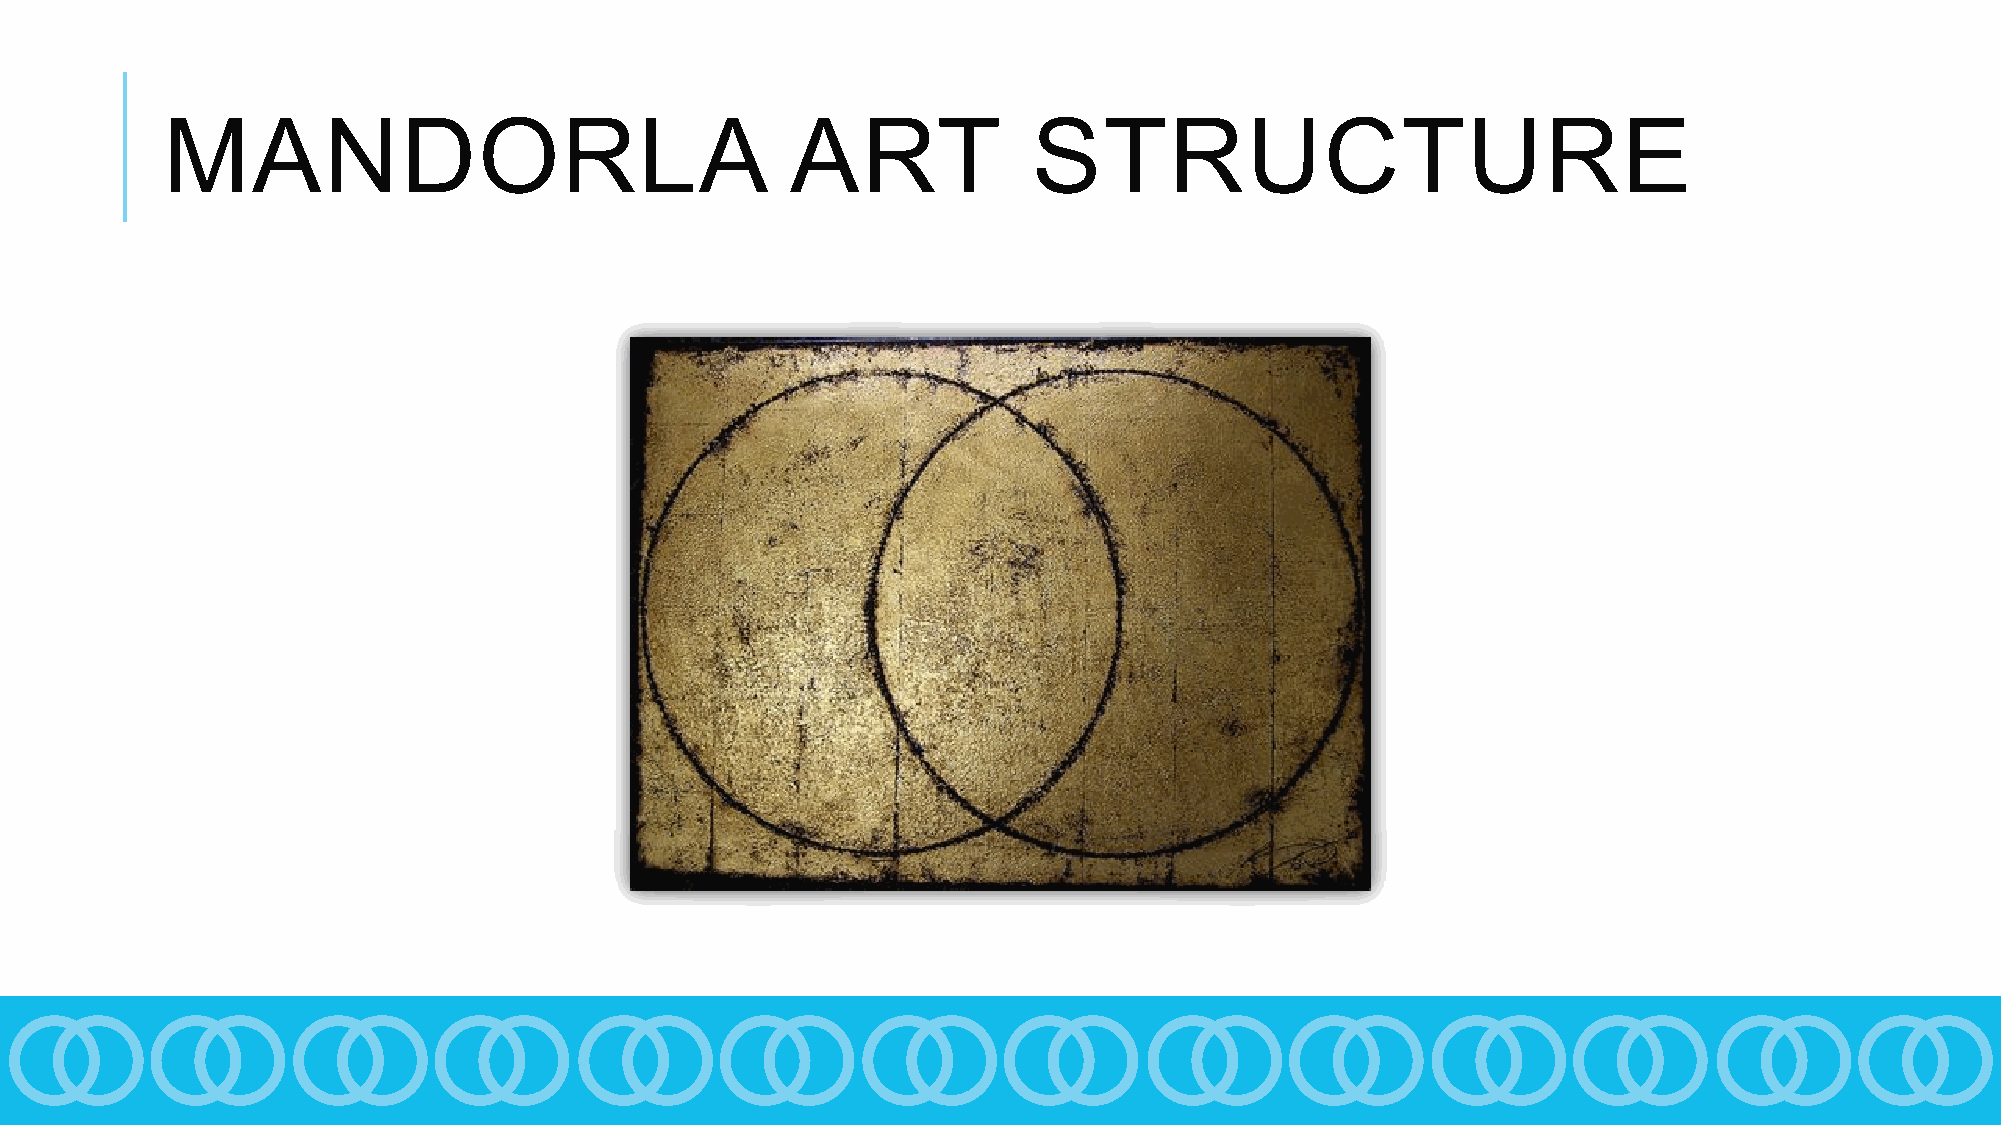
MANDORLA                                 ART             STRUCTURE